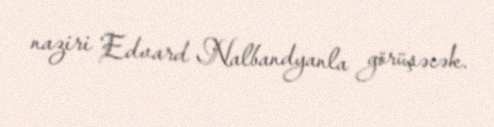
naziri Edvard Nalbandyanla görüşəcək.